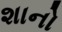
શાનો